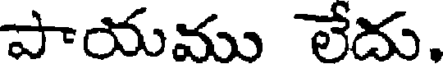
పాయము లేదు.